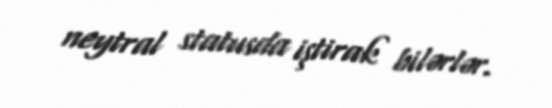
neytral statusda iştirak bilərlər.